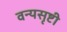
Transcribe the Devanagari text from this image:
वन्यसृष्टी